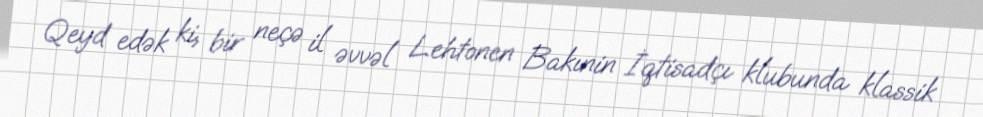
Qeyd edək ki, bir neçə il əvvəl Lehtonen Bakınin İqtisadçı klubunda klassik